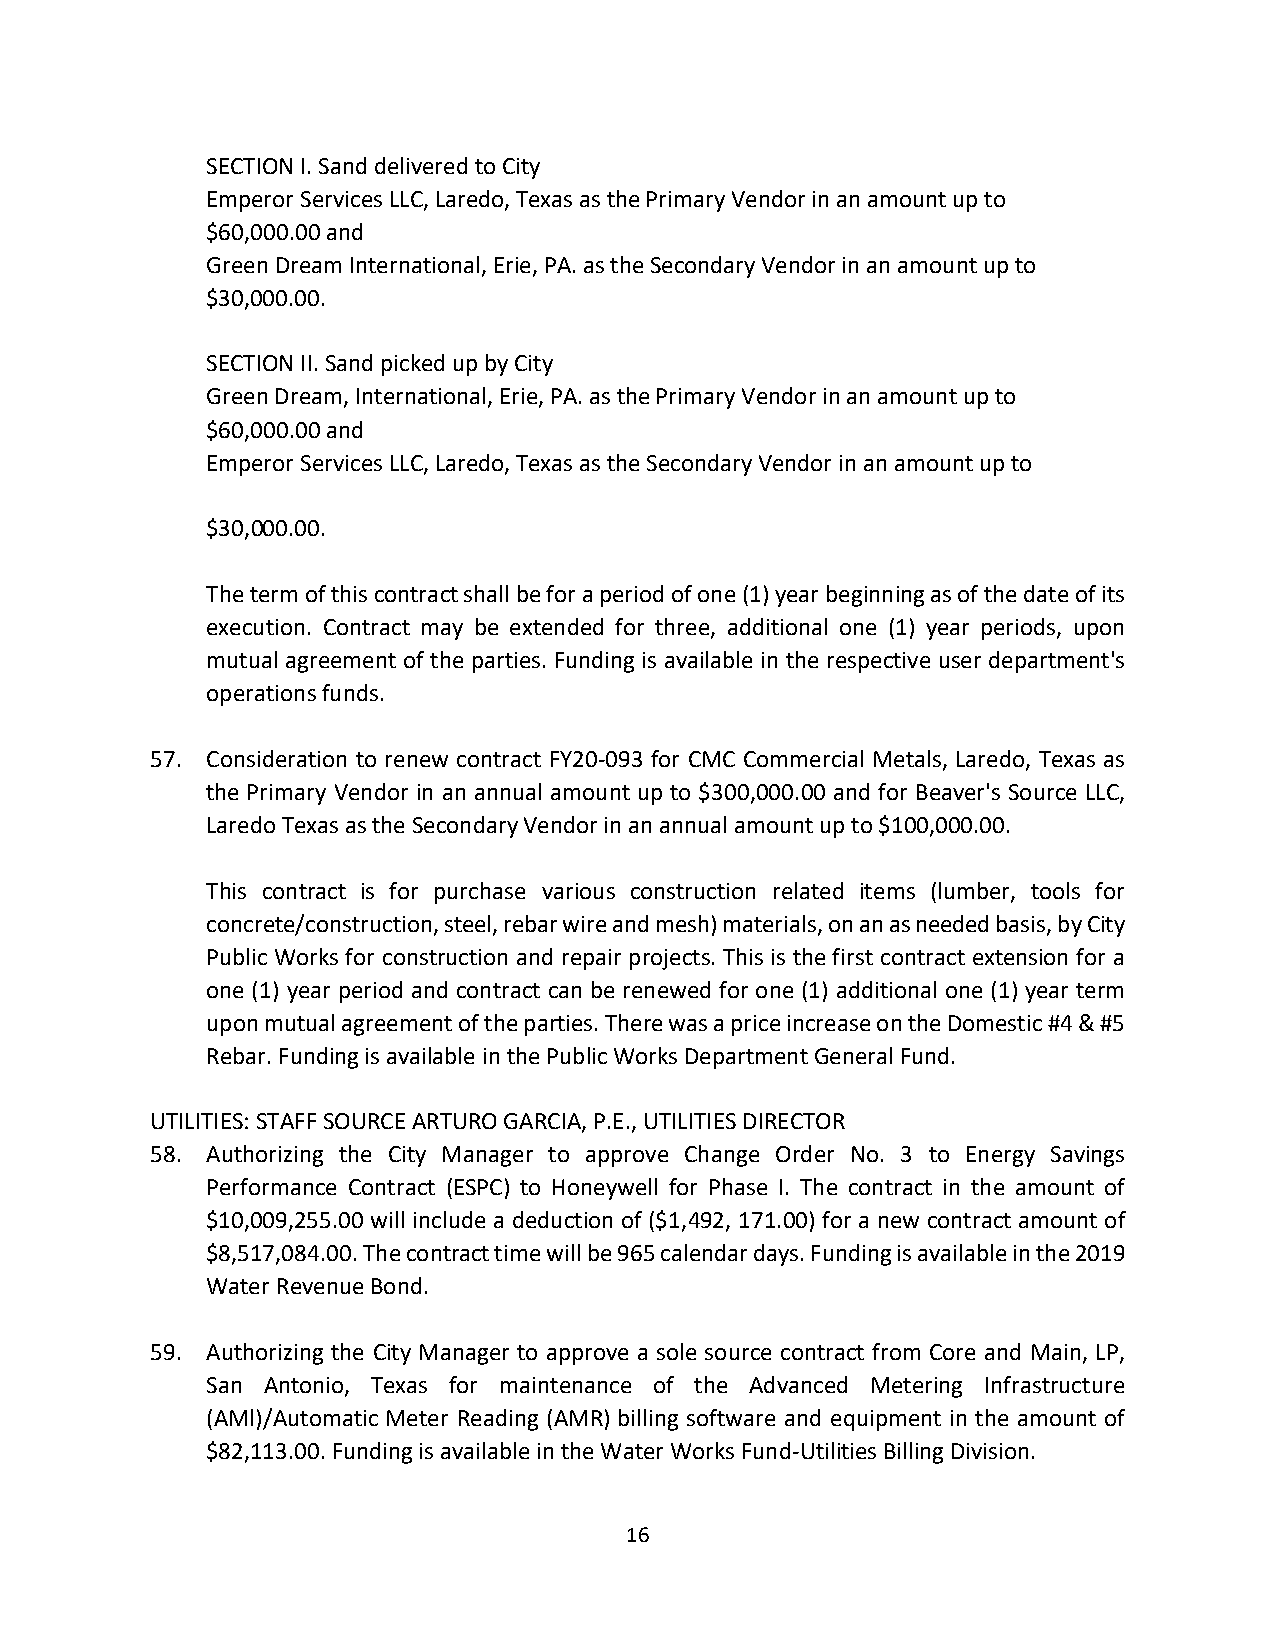
SECTION I. Sand delivered to City
 Emperor Services LLC, Laredo, Texas as the Primary Vendor in an amount up to
 $60,000.00 and
 Green Dream International, Erie, PA. as the Secondary Vendor in an amount up to
 $30,000.00.
 SECTION II. Sand picked up by City
 Green Dream, International, Erie, PA. as the Primary Vendor in an amount up to
 $60,000.00 and
 Emperor Services LLC, Laredo, Texas as the Secondary Vendor in an amount up to
 $30,000.00.
 The term of this contract shall be for a period of one (1) year beginning as of the date of its
 execution. Contract may be extended for three, additional one (1) year periods, upon
 mutual agreement of the parties. Funding is available in the respective user department's
 operations funds.
 57. Consideration to renew contract FY20-093 for CMC Commercial Metals, Laredo, Texas as
 the Primary Vendor in an annual amount up to $300,000.00 and for Beaver's Source LLC,
 Laredo Texas as the Secondary Vendor in an annual amount up to $100,000.00.
 This contract is for purchase various construction related items (lumber, tools for
 concrete/construction, steel, rebar wire and mesh) materials, on an as needed basis, by City
 Public Works for construction and repair projects. This is the first contract extension for a
 one (1) year period and contract can be renewed for one (1) additional one (1) year term
 upon mutual agreement of the parties. There was a price increase on the Domestic #4 & #5
 Rebar. Funding is available in the Public Works Department General Fund.
 UTILITIES: STAFF SOURCE ARTURO GARCIA, P.E., UTILITIES DIRECTOR
 58. Authorizing the City Manager to approve Change Order No. 3 to Energy Savings
 Performance Contract (ESPC) to Honeywell for Phase I. The contract in the amount of
 $10,009,255.00 will include a deduction of ($1,492, 171.00) for a new contract amount of
 $8,517,084.00. The contract time will be 965 calendar days. Funding is available in the 2019
 Water Revenue Bond.
 59. Authorizing the City Manager to approve a sole source contract from Core and Main, LP,
 San Antonio, Texas for maintenance of the Advanced Metering Infrastructure
 (AMl)/Automatic Meter Reading (AMR) billing software and equipment in the amount of
 $82,113.00. Funding is available in the Water Works Fund-Utilities Billing Division.
 16